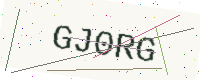
Text: GJ0RG